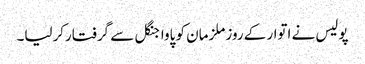
پولیس نے اتوار کے روزملزمان کو پاواجنگل سے گرفتارکرلیا۔